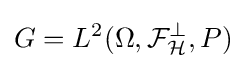
G=L^{2}(\Omega ,{\mathcal {F}}_{\mathcal {H}}^{\perp },P)